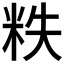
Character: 𰪵